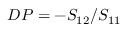
D P = - S _ { 1 2 } / S _ { 1 1 }